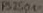
Text: PS2501